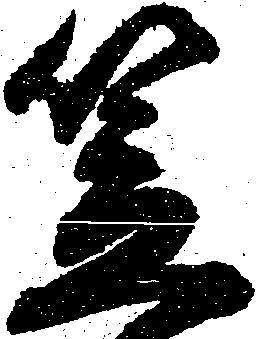
笠